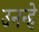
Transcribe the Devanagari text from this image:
उनन्हे